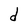
Character: d